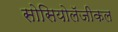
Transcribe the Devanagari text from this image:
सोसियोलॅजीकल